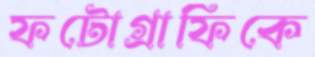
ফটোগ্রাফিকে